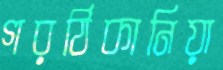
গরঠিকানিয়া